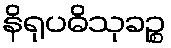
နိရုပဓိသုခဉ္စ